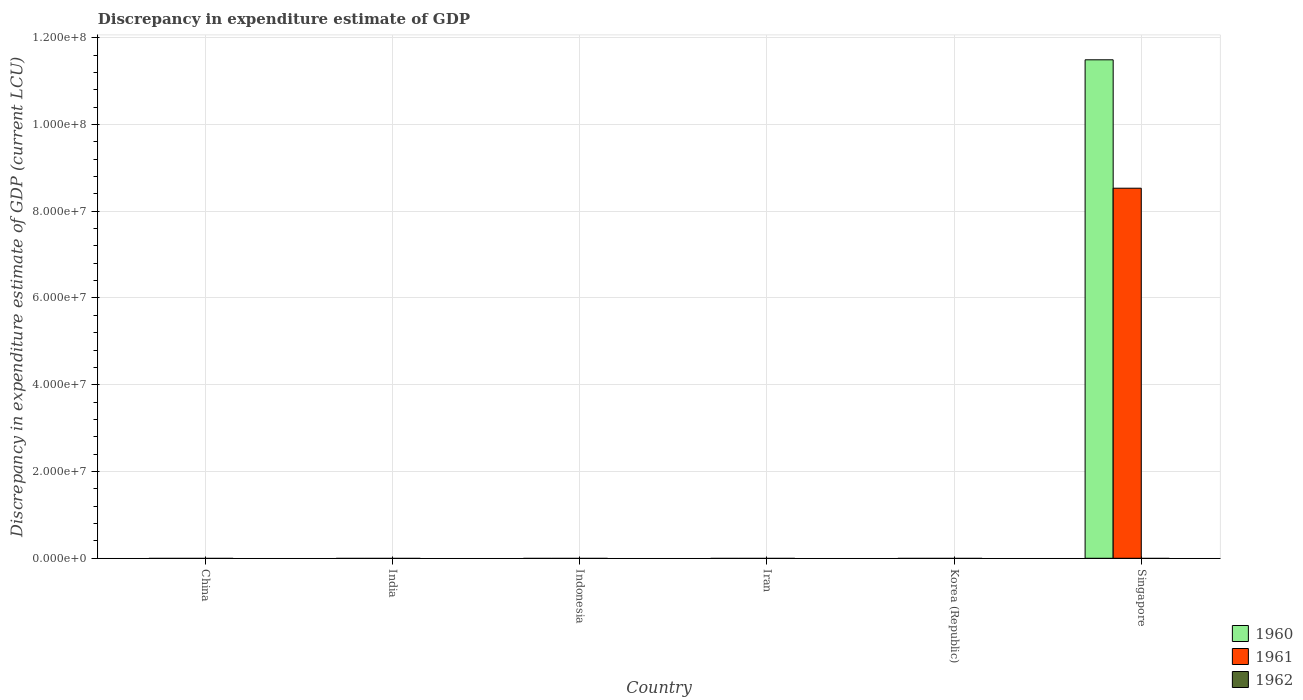
| Country | 1960 | 1961 | 1962 |
 | --- | --- | --- | --- |
 | China | -4.88e+09 | -5.44e+09 | -2.78e+09 |
 | India | -1.39e+10 | -1.51e+10 | -1.57e+10 |
 | Indonesia | -5.98e+06 | -5.13e+06 | -7.9e+06 |
 | Iran | -4.44e+10 | -4.48e+10 | -4.79e+10 |
 | Korea (Republic) | -4.22e+08 | -3.24e+08 | -4.47e+08 |
 | Singapore | 1.15e+08 | 8.53e+07 | -4.22e+07 |